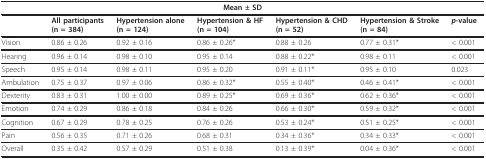
| <COLSPAN=7> Mean ± SD |
 | --- | --- | --- | --- | --- | --- | --- |
 |  | All participants (n = 384) | Hypertension alone (n = 124) | Hypertension & HF (n = 104) | Hypertension & CHD (n = 52) | Hypertension & Stroke (n = 84) | p-value |
 | Vision | 0.86 ± 0.26 | 0.92 ± 0.16 | 0.86 ± 0.26* | 0.88 ± 0.26 | 0.77 ± 0.31* | < 0.001 |
 | Hearing | 0.96 ± 0.14 | 0.98 ± 0.10 | 0.95 ± 0.14 | 0.88 ± 0.22* | 0.98 ± 0.11 | < 0.001 |
 | Speech | 0.95 ± 0.14 | 0.98 ± 0.11 | 0.95 ± 0.20 | 0.91 ± 0.11* | 0.95 ± 0.10 | 0.023 |
 | Ambulation | 0.75 ± 0.37 | 0.97 ± 0.06 | 0.86 ± 0.32* | 0.55 ± 0.40* | 0.46 ± 0.41* | < 0.001 |
 | Dexterity | 0.83 ± 0.31 | 1.00 ± 0.00 | 0.89 ± 0.25* | 0.69 ± 0.36* | 0.62 ± 0.36* | < 0.001 |
 | Emotion | 0.74 ± 0.29 | 0.86 ± 0.18 | 0.84 ± 0.26 | 0.66 ± 0.30* | 0.59 ± 0.32* | < 0.001 |
 | Cognition | 0.67 ± 0.29 | 0.78 ± 0.25 | 0.76 ± 0.26 | 0.53 ± 0.24* | 0.51 ± 0.25* | < 0.001 |
 | Pain | 0.56 ± 0.35 | 0.71 ± 0.26 | 0.68 ± 0.31 | 0.34 ± 0.36* | 0.34 ± 0.33* | < 0.001 |
 | Overall | 0.35 ± 0.42 | 0.57 ± 0.29 | 0.51 ± 0.38 | 0.13 ± 0.39* | 0.04 ± 0.36* | < 0.001 |